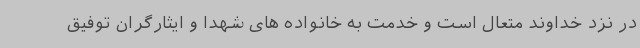
در نزد خداوند متعال است و خدمت به خانواده های شهدا و ایثارگران توفیق